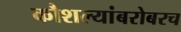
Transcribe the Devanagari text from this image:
कौशल्यांबरोबरच